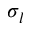
\sigma _ { l }